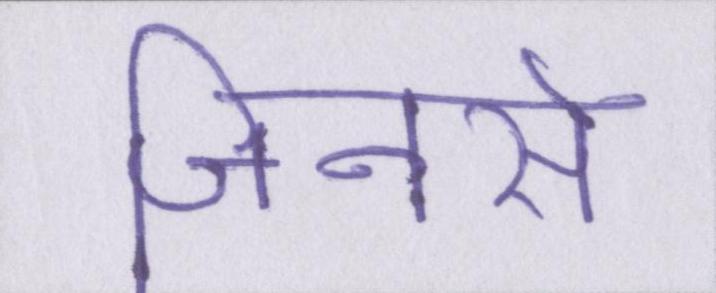
जिनसे